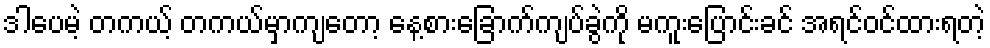
ဒါပေမဲ့ တကယ့် တကယ်မှာကျတော့ နေ့စားခြောက်ကျပ်ခွဲကို မကူးပြောင်းခင် အရင်ဝင်ထားရတဲ့